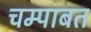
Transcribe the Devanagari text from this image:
चम्पाबत